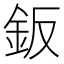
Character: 鈑